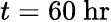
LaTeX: t=60\ \mathrm{hr}